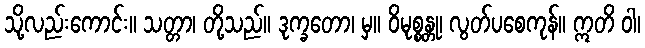
သို့လည်းကောင်း။ သတ္တာ၊ တို့သည်။ ဒုက္ခတော၊ မှ။ ဝိမုစ္စန္တု၊ လွတ်ပစေကုန်။ ဣတိ ဝါ၊